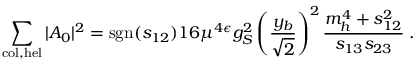
\sum _ { \mathrm { c o l , h e l } } | { \cal A } _ { 0 } | ^ { 2 } = \mathrm { s g n } ( s _ { 1 2 } ) 1 6 \mu ^ { 4 \epsilon } g _ { S } ^ { 2 } \left( \frac { y _ { b } } { \sqrt 2 } \right) ^ { 2 } \frac { m _ { h } ^ { 4 } + s _ { 1 2 } ^ { 2 } } { s _ { 1 3 } s _ { 2 3 } } \; .